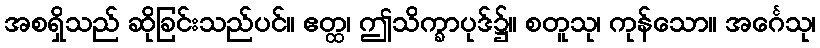
အစရှိသည် ဆိုခြင်းသည်ပင်။ ဧတ္ထ၊ ဤသိက္ခာပုဒ်၌။ စတူသု၊ ကုန်သော။ အင်္ဂေသု၊